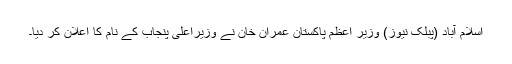
اسلام آباد (پبلک نیوز) وزیر اعظم پاکستان عمران خان نے وزیراعلیٰ پنجاب کے نام کا اعلان کر دیا۔